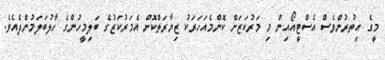
މީގެ އިތުރުންވެސް އެސްޓީއޯއިން މި މަރުކަޒަށް ކޮންމެއަހަރަކު ޒިޔާރަތްކޮށް އެމަރުކަޒުގެ ބަލިމީހުންގެ ހާލުބަލަމުންދެއެވެ.